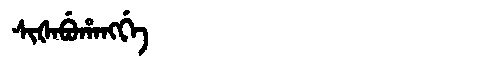
Manchu: ᠰᡳᡧᠠᠪᡠᡥᠠᠩᡤᡝ
Romanization: SIŠABUHANGGE